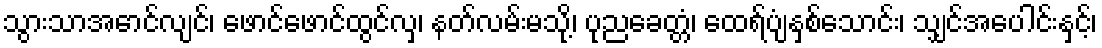
သွားသာအောင်လျင်၊ ဖောင်ဖောင်ထွင်လှ၊ နတ်လမ်းမသို့၊ ပုညခေတ္တံ၊ ထေရ်ပျံနှစ်သောင်း၊ သျှင်အပေါင်းနှင့်၊